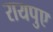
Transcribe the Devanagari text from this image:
रायपुए